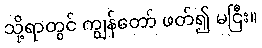
သို့ရာတွင် ကျွန်တော် ဖတ်၍ မငြီး။